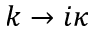
k \rightarrow i \kappa